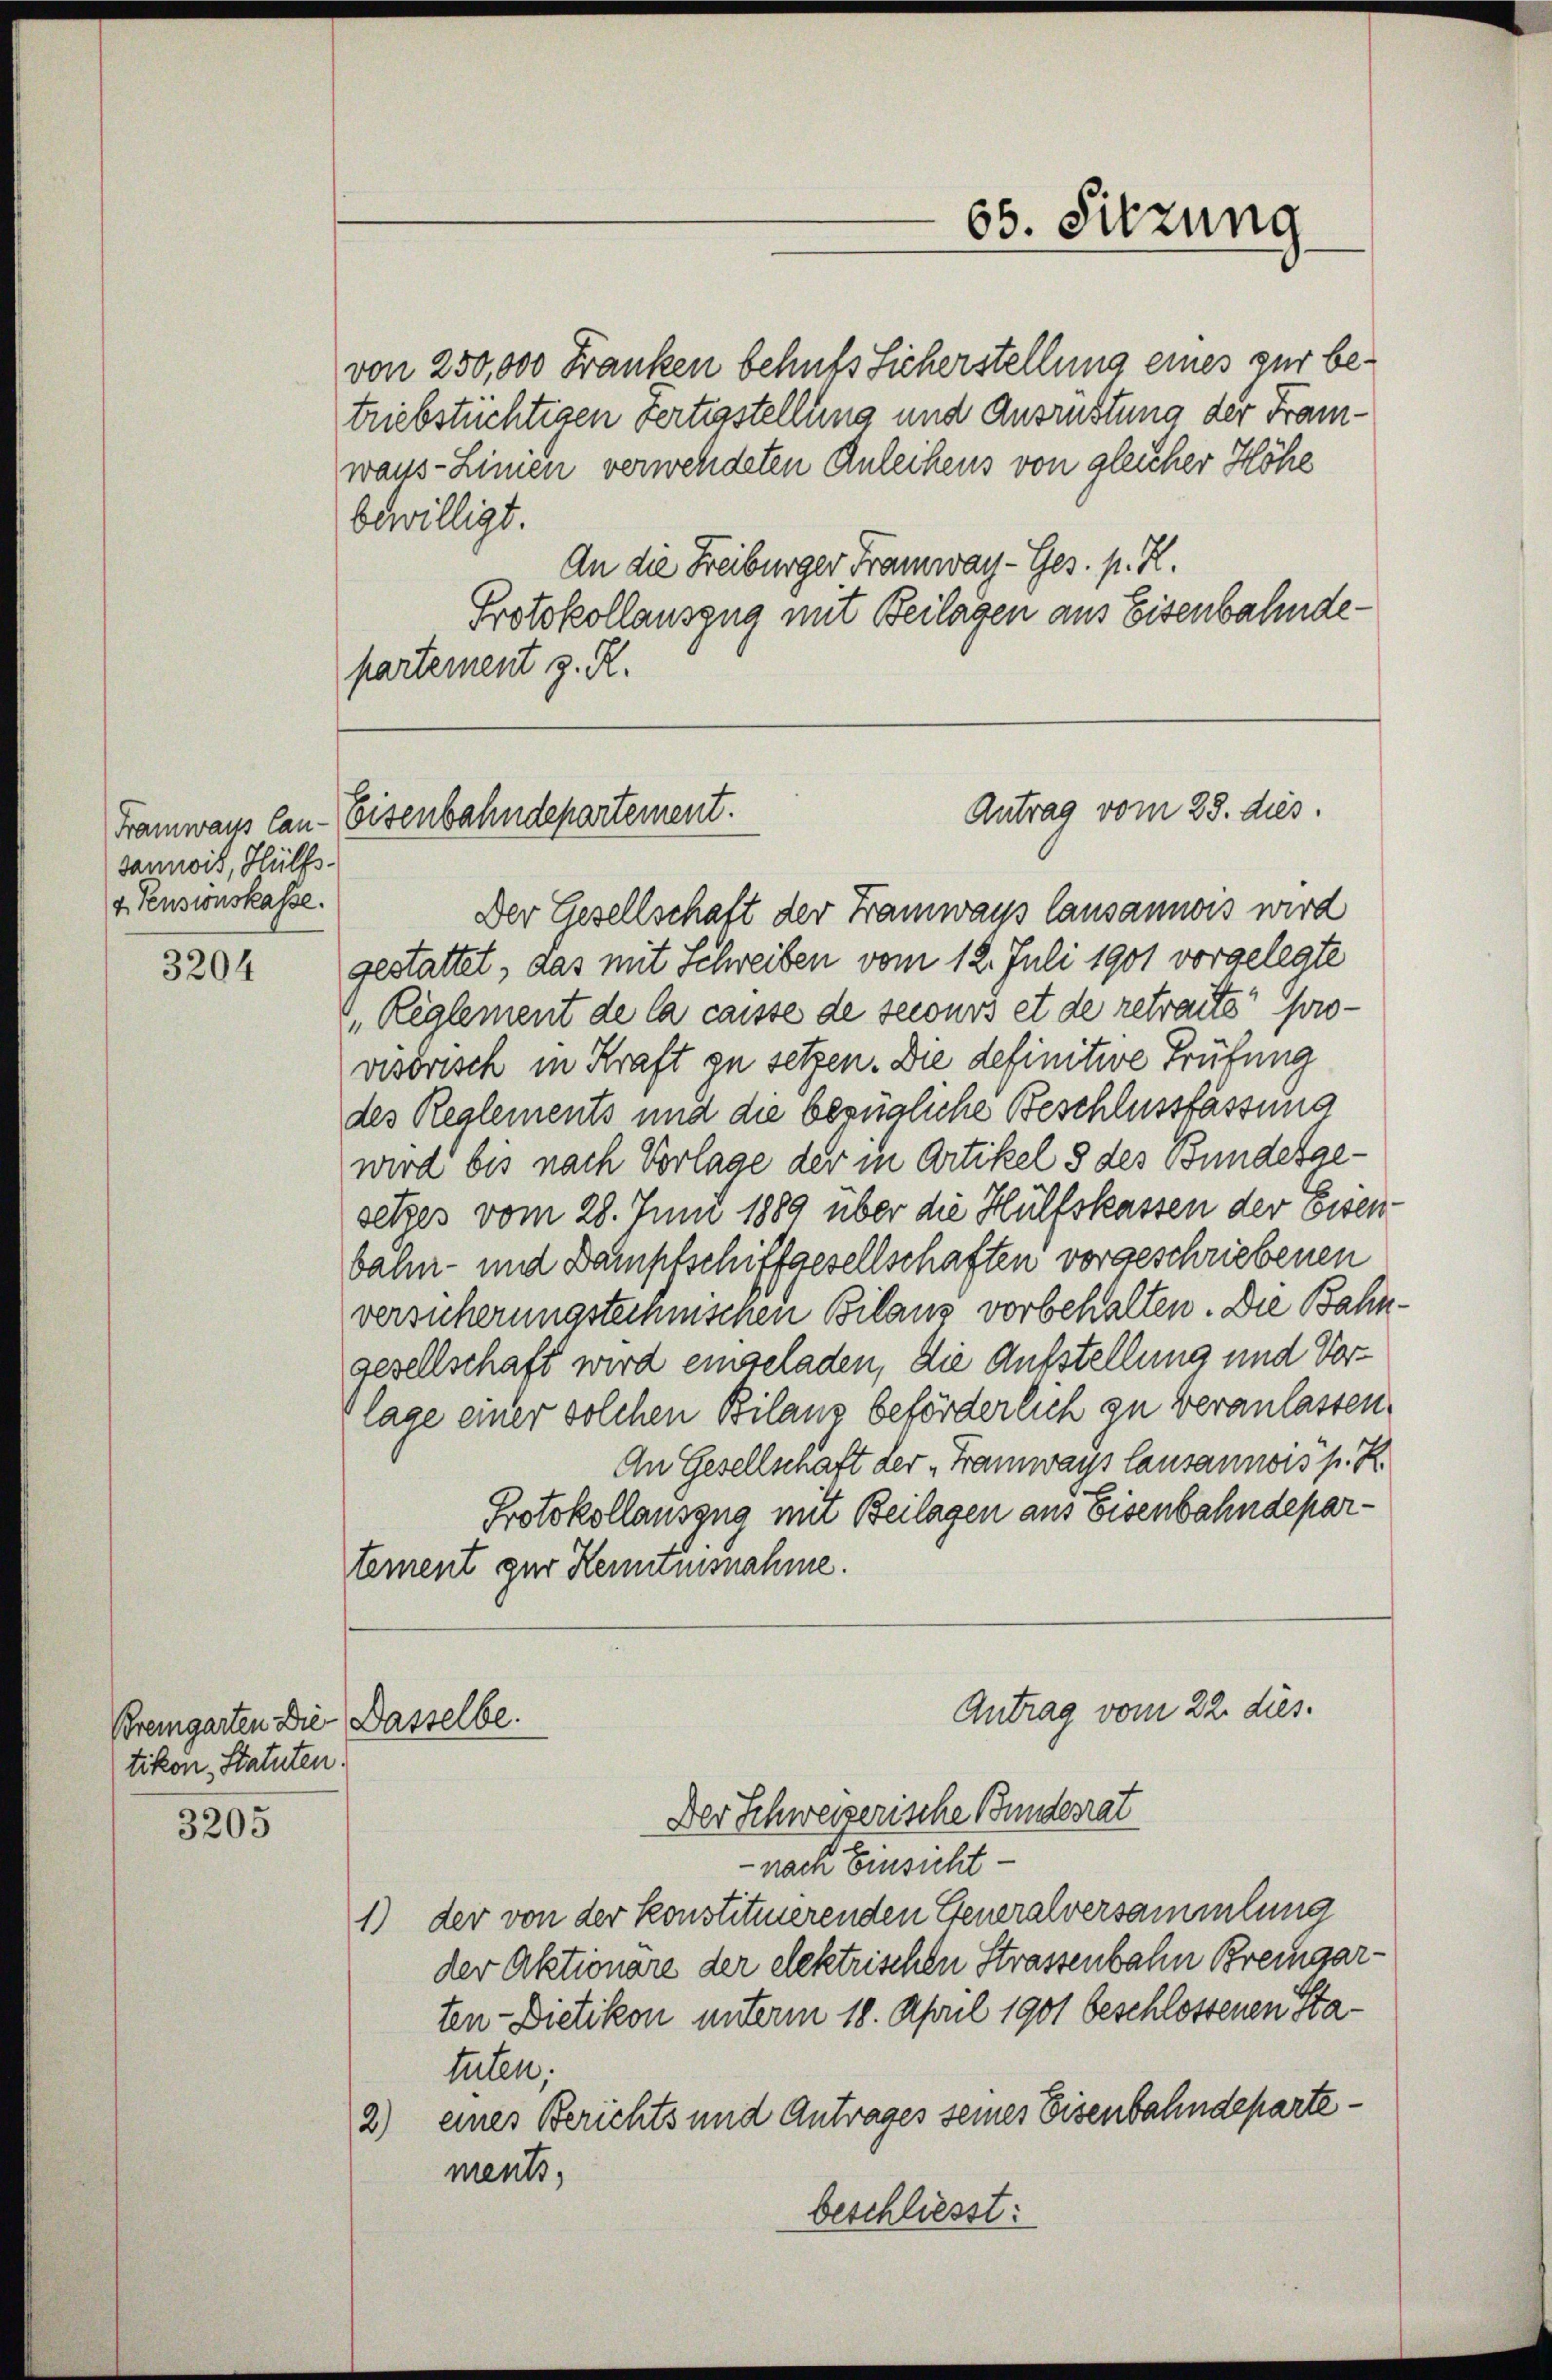
Samois, Hülfs-
4. Pensionskasse.

3204

von 250,000 Franken behufs Sicherstellung eines zur betriebstüchtigen Fertigstellung und Ausrüstung der Franz-
wauss - Linien verwendeten Anleihens von gleicher Höhe
bewilligt.
An die Freiburger Tramway-Ges. pr. K.
Protokollauszug mit Beilagen aus Eisenbahndepartement z. R.

Bremgarten Die Dasselbe.
tikon, Statuten.

3205

Der Gesellschaft der Tramways lausannos wird
gestattet, das mit Schreiben vom 12. Juli 1901 vorgelegte
„Reglement de la caisse de secours et de retracte provisorisch in Kraft zu setzen. Die definitive Prüfung
des Realements und die bezügliche Beschlussfassung
wird bis nach Vorlage der in Artikel 5 des Bundesgesetzes vom 28. Juni 1889 über die Hülfskassen der Eisen-
bahn- und Dampfschiffgesellschaften vorgeschriebenen
versicherungsteinischen Bilanz vorbehalten. Die Bahngesellschaft wird eingeladen, die Aufstellung und Vorlage einer solchen Bilanz beförderlich zu veranlassen.
An Gesellschaft der „Framways lausannois p. R.
Protokollauszug mit Beilagen aus Eisenbahndepartement zur Kenntnisnahme.
Antrag vom 22. dies.
Der Schweizerische Bundesrat
- nach Einsicht
1) der von der konstituierenden Generalversammlung
der Aktionare der elektrischen Strassenbahn Bremgarten- Dietikon unterm 18. April 1901 beschlossenen Statuten,
2) eines Berichts und Antrages seines Eisenbahndepartements,
beschliesst:

65. Sitzung

Antrag vom 28. dies.
Framwaus Can. Eisenbahndepartement.